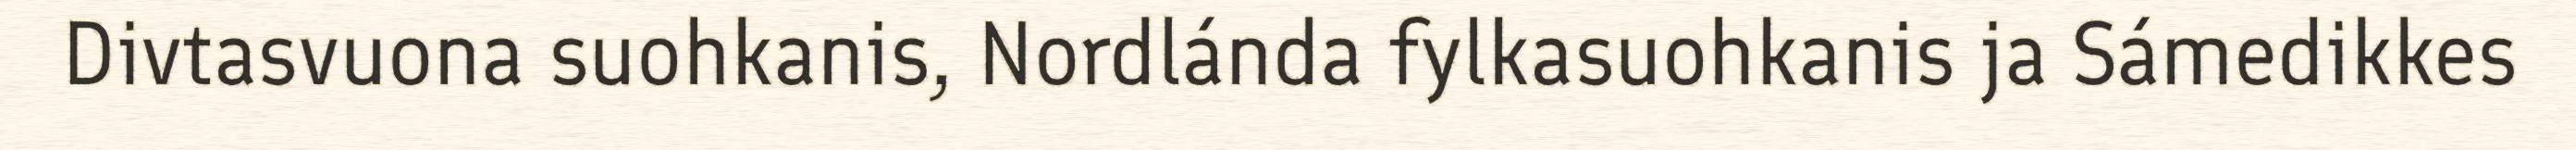
Divtasvuona suohkanis, Nordlánda fylkasuohkanis ja Sámedikkes